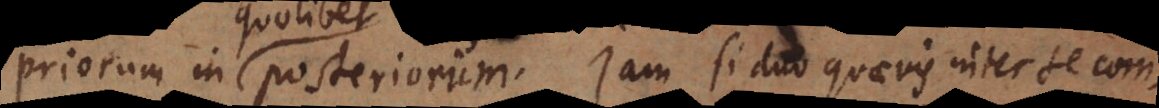
quolibet posteriorum. Jam si duo quaevis inter se com